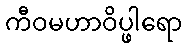
ကီဝမဟာဝိပ္ဖါရော